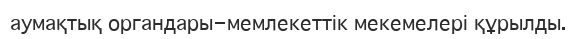
аумақтық органдары-мемлекеттік мекемелері құрылды.